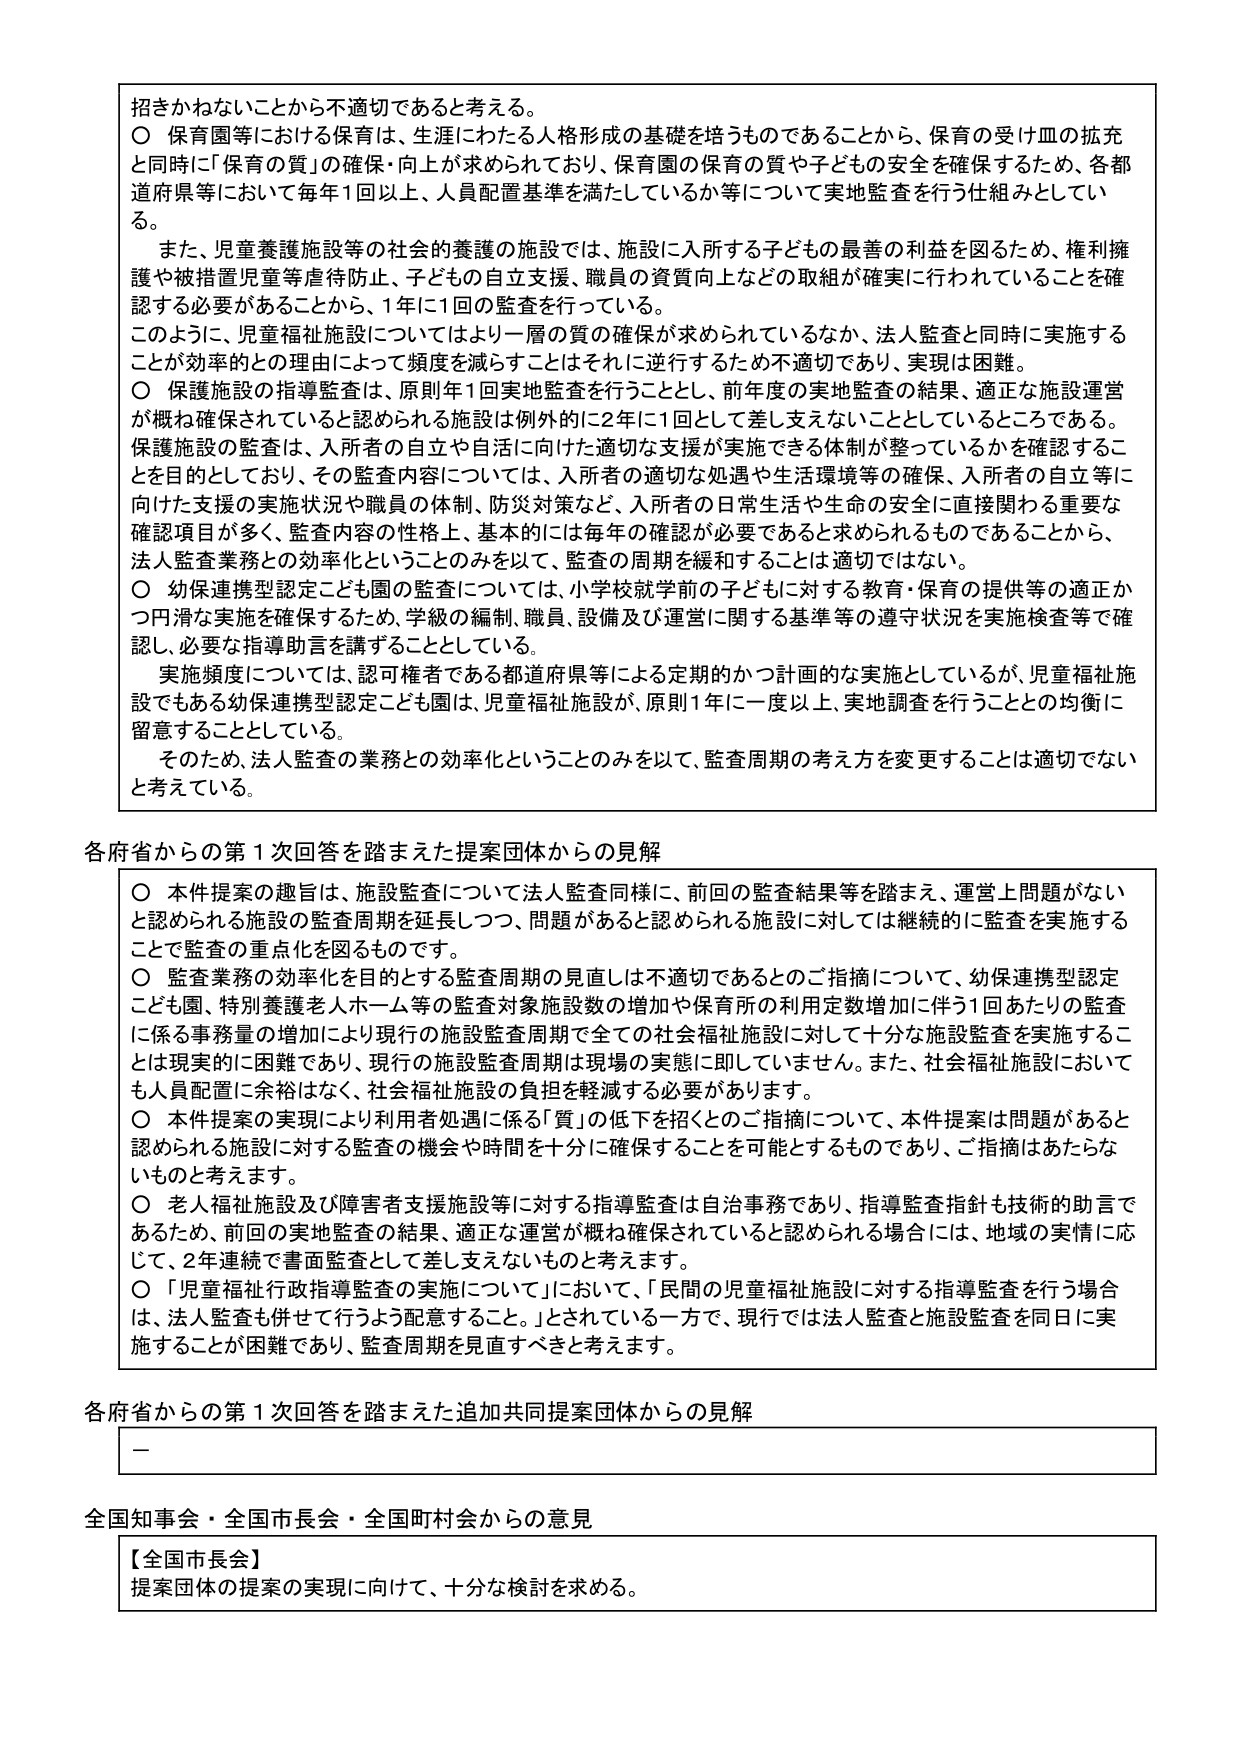
招きかねないことから不適切であると考える。

〇 保育園等における保育は、生涯にわたる人格形成の基礎を培うものであることから、保育の受け皿の拡充と同時に「保育の質」の確保・向上が求められており、保育園の保育の質や子どもの安全を確保するため、各都道府県等において毎年1回以上、人員配置基準を満たしているか等について実地監査を行う仕組みとしている。

また、児童養護施設等の社会的養護の施設では、施設に入所する子どもの最善の利益を図るため、権利擁護や被措置児童等虐待防止、子どもの自立支援、職員の資質向上などの取組が確実に行われていることを確認する必要があることから、1年に1回の監査を行っている。

このように、児童福祉施設についてはより一層の質の確保が求められているなか、法人監査と同時に実施することが効率的との理由によって頻度を減らすことはそれに逆行するため不適切であり、実現は困難。

〇 保護施設の指導監査は、原則年1回実地監査を行うこととし、前年度の実地監査の結果、適正な施設運営が概ね確保されていると認められる施設は例外的に2年に1回として差し支えないこととしているところである。保護施設の監査は、入所者の自立や自活に向けた適切な支援が実施できる体制が整っているかを確認することを目的としており、その監査内容については、入所者の適切な処遇や生活環境等の確保、入所者の自立等に向けた支援の実施状況や職員の体制、防災対策など、入所者の日常生活や生命の安全に直接関わる重要な確認項目が多く、監査内容の性格上、基本的には毎年の確認が必要であると求められるものであることから、法人監査業務との効率化ということのみを以て、監査の周期を緩和することは適切ではない。

〇 幼保連携型認定こども園の監査については、小学校就学前の子どもに対する教育・保育の提供等の適正かつ円滑な実施を確保するため、学級の編制、職員、設備及び運営に関する基準等の遵守状況を実施検査等で確認し、必要な指導助言を講ずることとしている。

実施頻度については、認可権者である都道府県等による定期的かつ計画的な実施としているが、児童福祉施設でもある幼保連携型認定こども園は、児童福祉施設が、原則1年に一度以上、実地調査を行うこととの均衡に留意することとしている。

そのため、法人監査の業務との効率化ということのみを以て、監査周期の考え方を変更することは適切でないと考えている。

各府省からの第1回回答を踏まえた提案団体からの見解

〇 本件提案の趣旨は、施設監査について法人監査同様に、前回の監査結果等を踏まえ、運営上問題がないと認められる施設の監査周期を延長しつつ、問題があると認められる施設に対しては継続的に監査を実施することで監査の重点化を図るものです。

〇 監査業務の効率化を目的とする監査周期の見直しは不適切であるとのご指摘について、幼保連携型認定こども園、特別養護老人ホーム等の監査対象施設数の増加や保育所の利用定数増加に伴う1回あたりの監査に係る事務量の増加により現行の施設監査周期で全ての社会福祉施設に対して十分な施設監査を実施することは現実的に困難であり、現行の施設監査周期は現場の実態に即していません。また、社会福祉施設においても人員配置に余裕はなく、社会福祉施設の負担を軽減する必要があります。

〇 本件提案の実現により利用者処遇に係る「質」の低下を招くとのご指摘について、本件提案は問題があると認められる施設に対する監査の機会や時間を十分に確保することを可能とするものであり、ご指摘はあたらないものと考えます。

〇 老人福祉施設及び障害者支援施設等に対する指導監査は自治事務であり、指導監査指針も技術的助言であるため、前回の実地監査の結果、適正な運営が概ね確保されていると認められる場合には、地域の実情に応じて、2年連続で書面監査として差し支えないものと考えます。

〇 「児童福祉行政指導監査の実施について」において、「民間の児童福祉施設に対する指導監査を行う場合は、法人監査も併せて行うよう配意すること。」とされている一方で、現行では法人監査と施設監査を同日に実施することが困難であり、監査周期を見直すべきと考えます。

各府省からの第1回回答を踏まえた追加共同提案団体からの見解

—

全国知事会・全国市長会・全国町村会からの意見

【全国市長会】
提案団体の提案の実現に向けて、十分な検討を求める。